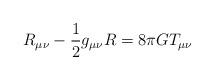
LaTeX: \begin{align*}R_{\mu \nu }-\frac{1}{2}g_{\mu \nu}R=8\pi GT_{\mu \nu}\end{align*}